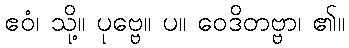
ဧဝံ၊ သို့။ ပုဗ္ဗေ။ ပ။ ဝေဒိတဗ္ဗာ၊ ၏။